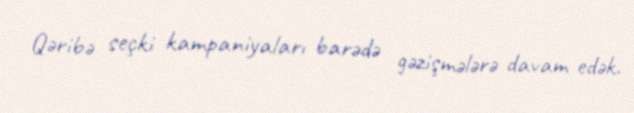
Qəribə seçki kampaniyaları barədə gəzişmələrə davam edək.